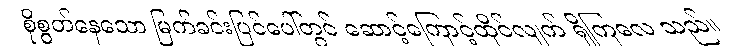
စိုစွတ်နေသော မြက်ခင်းပြင်ပေါ်တွင် ဆောင့်ကြောင့်ထိုင်လျက် ရှိကြလေ သည်။